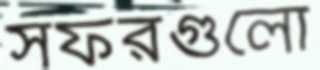
সফরগুলো